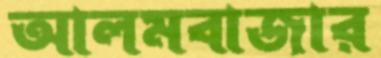
আলমবাজার